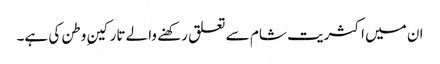
ان میں اکثریت شام سے تعلق رکھنے والے تارکینِ وطن کی ہے۔